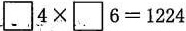
$$\Box 4 \times \Box 6 = 1 2 2 4$$